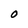
Character: O